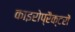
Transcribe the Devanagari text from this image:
काइरोप्रैक्टरों